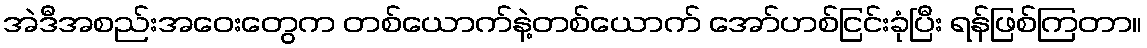
အဲဒီအစည်းအဝေးတွေက တစ်ယောက်နဲ့တစ်ယောက် အော်ဟစ်ငြင်းခုံပြီး ရန်ဖြစ်ကြတာ။